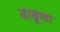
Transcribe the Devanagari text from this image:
दादूला